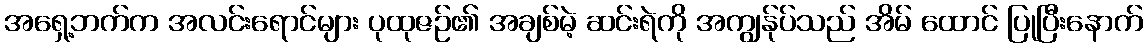
အရှေ့ဘက်က အလင်းရောင်များ ပုထုဇဉ်၏ အချစ်မဲ့ ဆင်းရဲကို အကျွန်ုပ်သည် အိမ် ထောင် ပြုပြီးနောက်